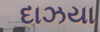
દાઝયા